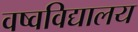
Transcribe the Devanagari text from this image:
वष्वविद्यालय